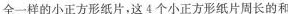
全一样的小正方形纸片，这4个小正方形纸片周长的和